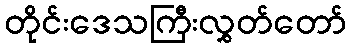
တိုင်းဒေသကြီးလွှတ်တော်